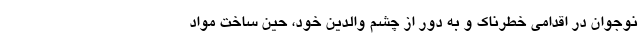
نوجوان در اقدامی خطرناک و به دور از چشم والدین خود، حین ساخت مواد